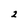
Character: 2